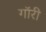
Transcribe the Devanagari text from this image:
गॉरी